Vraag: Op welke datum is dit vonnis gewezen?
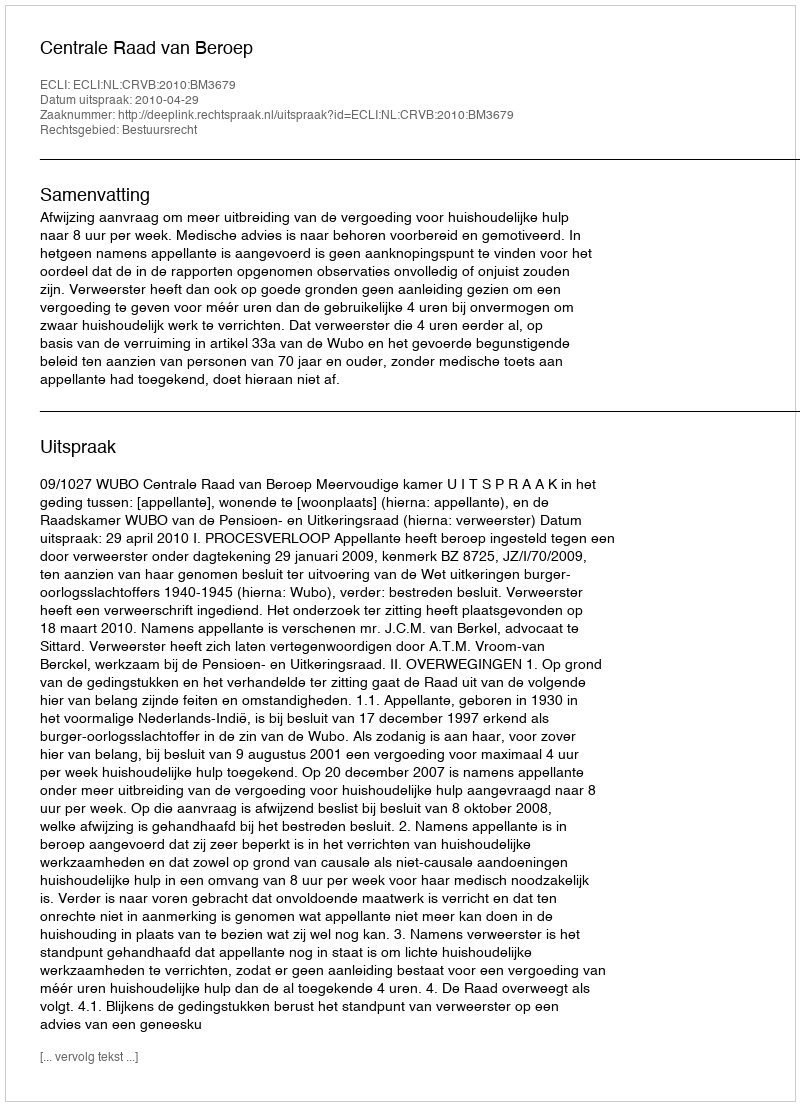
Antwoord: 2010-04-29